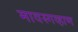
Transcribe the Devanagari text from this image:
मावस्गव्हाण